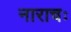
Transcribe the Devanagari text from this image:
नाराचः